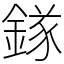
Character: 𨪂